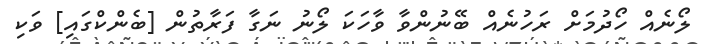
ލޯނެއް ހޯދުމަށް ރަހުނެއް ބޭނުންވާ ވާހަކަ ލޯނު ނަގާ ފަރާތުން [ބެންކްގައި] ވަކި